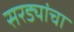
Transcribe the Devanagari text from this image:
सरड्यांचा